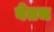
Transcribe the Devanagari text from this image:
बेतच